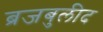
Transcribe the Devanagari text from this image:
ब्रजबुलीद